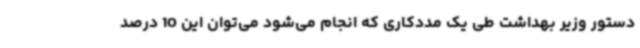
دستور وزیر بهداشت طی یک مددکاری که انجام می‌شود می‌توان این 10 درصد